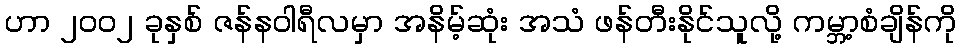
ဟာ ၂၀၀၂ ခုနှစ် ဇန်နဝါရီလမှာ အနိမ့်ဆုံး အသံ ဖန်တီးနိုင်သူလို့ ကမ္ဘာ့စံချိန်ကို